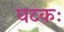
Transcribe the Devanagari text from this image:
घटकः